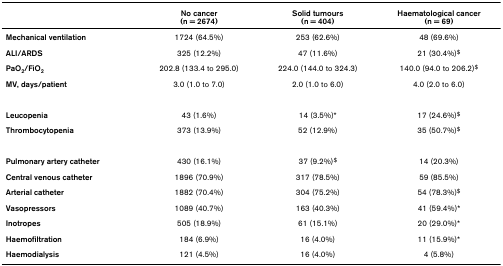
|  | No cancer(n = 2674) | Solid tumours(n = 404) | Haematological cancer(n = 69) |
 | --- | --- | --- | --- |
 | Mechanical ventilation | 1724 (64.5%) | 253 (62.6%) | 48 (69.6%) |
 | ALI/ARDS | 325 (12.2%) | 47 (11.6%) | 21 (30.4%)$ |
 | PaO2/FiO2 | 202.8 (133.4 to 295.0) | 224.0 (144.0 to 324.3) | 140.0 (94.0 to 206.2)$ |
 | MV, days/patient | 3.0 (1.0 to 7.0) | 2.0 (1.0 to 6.0) | 4.0 (2.0 to 6.0) |
 | Leucopenia | 43 (1.6%) | 14 (3.5%)* | 17 (24.6%)$ |
 | Thrombocytopenia | 373 (13.9%) | 52 (12.9%) | 35 (50.7%)$ |
 | Pulmonary artery catheter | 430 (16.1%) | 37 (9.2%)$ | 14 (20.3%) |
 | Central venous catheter | 1896 (70.9%) | 317 (78.5%) | 59 (85.5%) |
 | Arterial catheter | 1882 (70.4%) | 304 (75.2%) | 54 (78.3%)$ |
 | Vasopressors | 1089 (40.7%) | 163 (40.3%) | 41 (59.4%)* |
 | Inotropes | 505 (18.9%) | 61 (15.1%) | 20 (29.0%)* |
 | Haemofiltration | 184 (6.9%) | 16 (4.0%) | 11 (15.9%)* |
 | Haemodialysis | 121 (4.5%) | 16 (4.0%) | 4 (5.8%) |